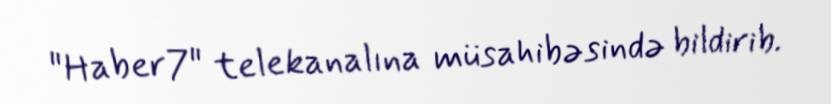
"Haber7" telekanalına müsahibəsində bildirib.